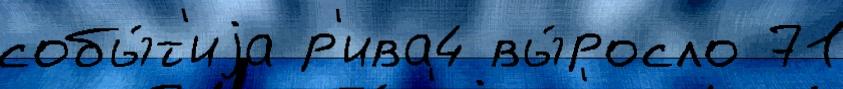
собы́т'иjа р'ива4 вы́росло 71